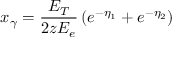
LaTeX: x _ { \gamma } = \frac { E _ { T } } { 2 z E _ { e } } \left( e ^ { - \eta _ { 1 } } + e ^ { - \eta _ { 2 } } \right)